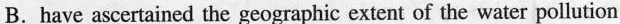
B. have ascertained the geographic extent of the water pollution